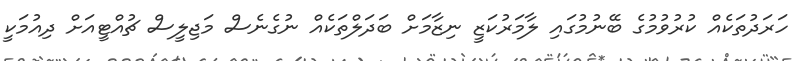
ހަރަދުތަކެއް ކުރުވުމުގެ ބޭނުމުގައި ލާމަރުކަޒީ ނިޒާމަށް ބަދަލްތަކެއް ނުގެނެސް މަޖިލީސް ޗުއްޓީއަށް ދިއުމަކީ